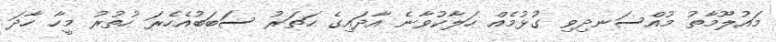
މައުލޫމާތު މުއްސަނދިވި ގުޅުމެއް ހަލާކުވާނެ އާދައިގެ ހަތަރު ސަބަބުއެހެރަ ހުތުރު މީހާ ހާދަ